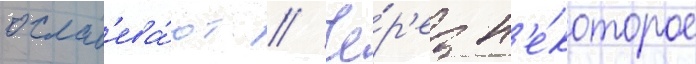
ослаб'ева́ют // Че́р'ез н'е́которое